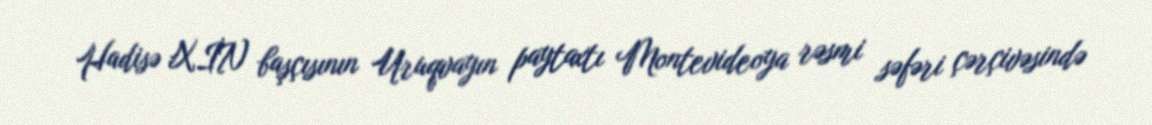
Hadisə XİN başçısının Uruqvayın paytaxtı Montevideoya rəsmi səfəri çərçivəsində